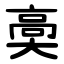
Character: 䯨